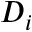
D _ { i }